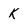
Character: K